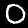
Digit: 0